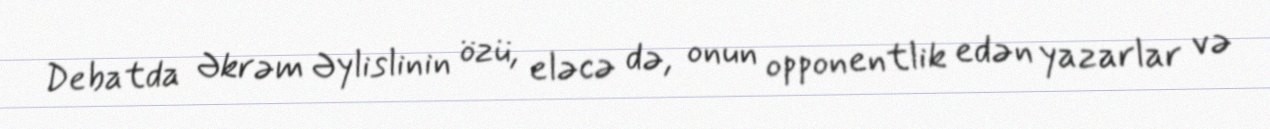
Debatda Əkrəm Əylislinin özü, eləcə də, onun opponentlik edən yazarlar və